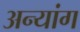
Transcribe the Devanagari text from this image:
अन्यांग